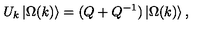
U _ { k } \left| \Omega ( k ) \right\rangle = ( Q + Q ^ { - 1 } ) \left| \Omega ( k ) \right\rangle ,